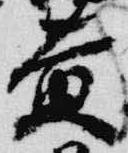
黄